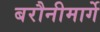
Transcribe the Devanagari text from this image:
बरौनीमार्गे